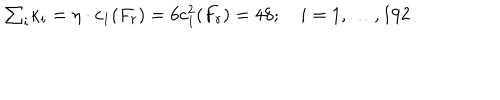
\textstyle { \sum _ { i } } \kappa _ { i } = \eta \cdot c _ { 1 } ( F _ { r } ) = 6 c _ { 1 } ^ { 2 } ( F _ { r } ) = 4 8 ; \quad i = 1 , \ldots , 1 9 2